Quinine and its salts - Number 41
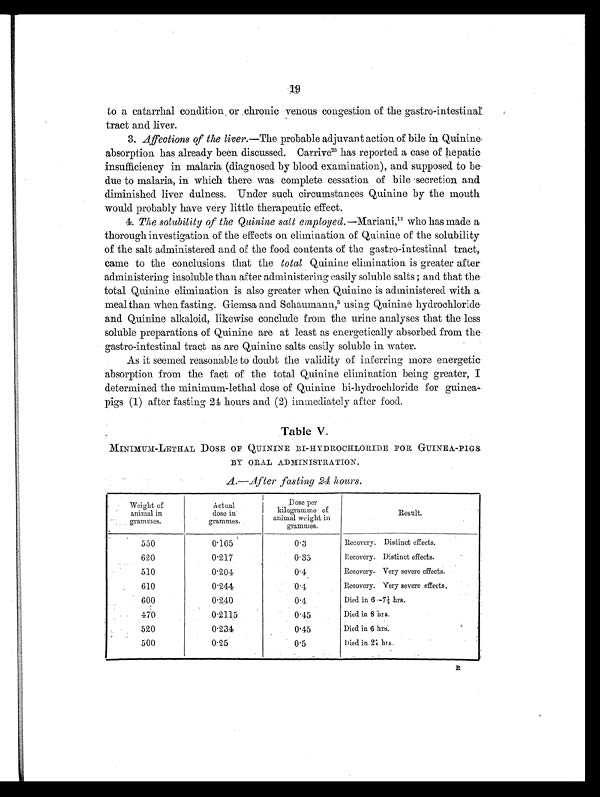
19
to a catarrhal condition or chronic venous congestion of the gastro-intestinal
tract and liver.
3. Affections of the liver. —The probable adjuvant action of bile in Quinine
absorption has already been discussed. Carrive 26h a s r e p o r t e d a c a s e o f h e p a t i c
insufficiency in malaria (diagnosed by blood examination), and supposed to be
due to malaria, in which there was complete cessation of bile secretion and
diminished liver dulness. Under such circumstances Quinine by the mouth
would probably have very little therapeutic effect.
4. The solubility of the Quinine salt employed. —Mariani,1 3
w h o h a s m a d e a
thorough investigation of the effects on elimination of Quinine of the solubility
of the salt administered and of the food contents of the gastro-intestinal tract,
came to the conclusions that the total Quinine elimination is greater after
administering insoluble than after administering easily soluble salts; and that the
total Quinine elimination is also greater when Quinine is administered with a
meal than when fasting. Giemsa and Schaumann,5 using Quinine hydrochloride
and Quinine alkaloid, likewise conclude from the urine analyses that the less
soluble preparations of Quinine are at least as energetically absorbed from the
gastro-intestinal tract as are Quinine salts easily soluble in water.
As it seemed reasonable to doubt the validity of inferring more energetic
absorption from the fact of the total Quinine elimination being greater, I
determined the minimum-lethal dose of Quinine bi-hydrochloride for guinea
-pigs (1) after fasting 24 hours and (2) immediately after food.
Table V.
MINIMUM-LETHAL DOSE OF QUININE BI-HYDROCHLORIDE FOR GUINEA-PIGS
BY ORAL ADMINISTRATION.
A.—After fasting 24 hours.
Weight of
animal in
grammes.
Actual
dose in
grammes.
Dose per
kilogramme of
animal weight in
grammes.
Result.
550
0.165
0.3
Recovery. Distinct effects.
620
0.217
0.35
Recovery. Distinct effects.
510
0.204
0.4
Recovery. Very severe effects.
610
0.244
0.4
Recovery. Very severe effects.
600
0.240
0.4
Died in 6 —7½ hrs.
470
0.2115
0.45
Died in 8 hrs.
520
0.234
0.45
Died in 6 hrs.
500
0.25
0.5
Died in 21 hrs.